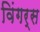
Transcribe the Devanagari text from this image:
विंगर्स